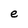
Character: e